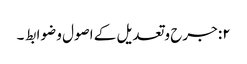
۲: جرح وتعدیل کے اصول و ضوابط ۔